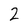
Character: 2